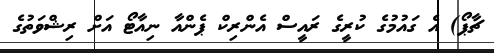
ޗާޕޯ) އެ ގައުމުގެ ކުރީގެ ރައީސް އެންރިކް ޕެންއާ ނިއާޓޯ އަށް ރިޝްވަތުގެ